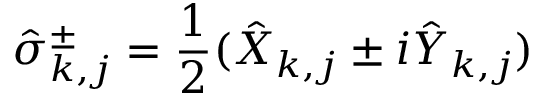
\hat { \sigma } _ { k , j } ^ { \pm } = \frac { 1 } { 2 } ( \hat { X } _ { k , j } \pm i \hat { Y } _ { k , j } )